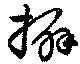
擘